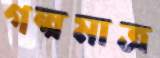
গল্পমাত্র